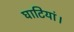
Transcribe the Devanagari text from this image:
घाटियां।